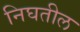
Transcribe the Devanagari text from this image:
निघतील